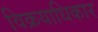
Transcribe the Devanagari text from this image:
विक्रयाधिकार